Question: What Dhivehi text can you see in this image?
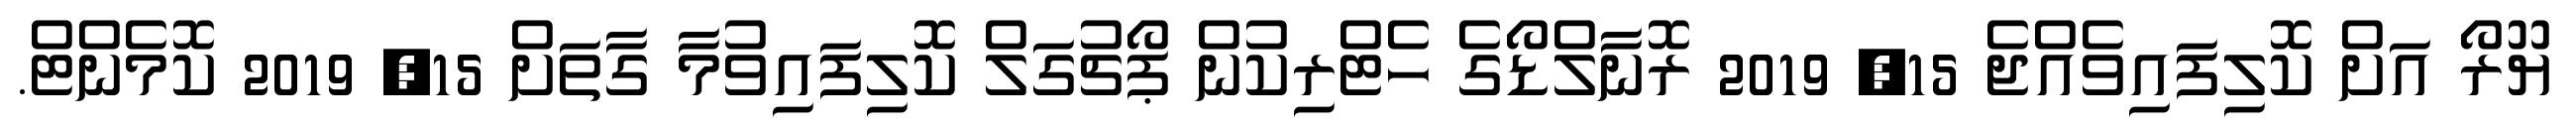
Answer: ޔޫރޯ އަށް ކޮލިފައިވެއްޖެ 15, 2019 ރޮނާލްޑޯގެ ހެޓްރިކުން ޕޯޗުގަލް ކޮލިފައިވުމާ ގާތަށް 15, 2019 ކޮމެންޓް.